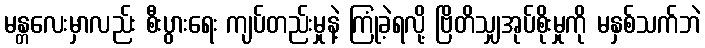
မန္တလေးမှာလည်း စီးပွားရေး ကျပ်တည်းမှုနဲ့ ကြုံခဲ့ရလို့ ဗြိတိသျှအုပ်စိုးမှုကို မနှစ်သက်ဘဲ